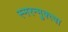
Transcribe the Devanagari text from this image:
स्मरन्मुक्त्वा